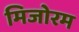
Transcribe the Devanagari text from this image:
मिजोरम